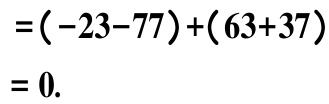
\[
\begin{align*}
&=(-23 - 77)+(63 + 37)\\
&=0.
\end{align*}
\]